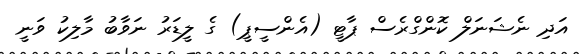
އަދި ނެޝަނަލް ކޮންގްރެސް ޕާޓީ (އެންސީޕީ) ގެ ލީޑަރު ނަވާބު މާލިކު ވަނީ